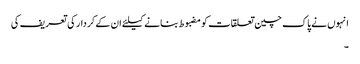
انہوں نے پاک چین تعلقات کو مضبوط بنانے کیلئے ان کے کردار کی تعریف کی
۔